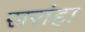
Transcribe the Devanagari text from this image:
सरांहा